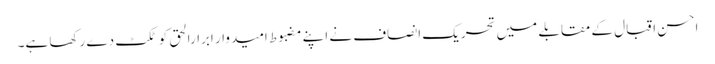
احسن اقبال کے مقابلے میں تحریک انصاف نے اپنے مضبوط امیدوار ابرارالحق کو ٹکٹ دے رکھا ہے۔